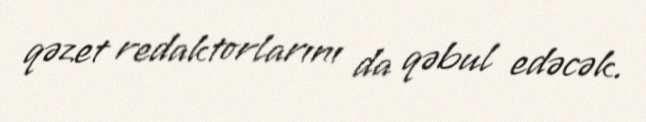
qəzet redaktorlarını da qəbul edəcək.